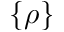
\{ \rho \}